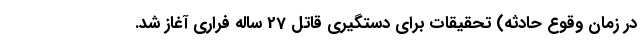
در زمان وقوع حادثه) تحقیقات برای دستگیری قاتل 27 ساله فراری آغاز شد.